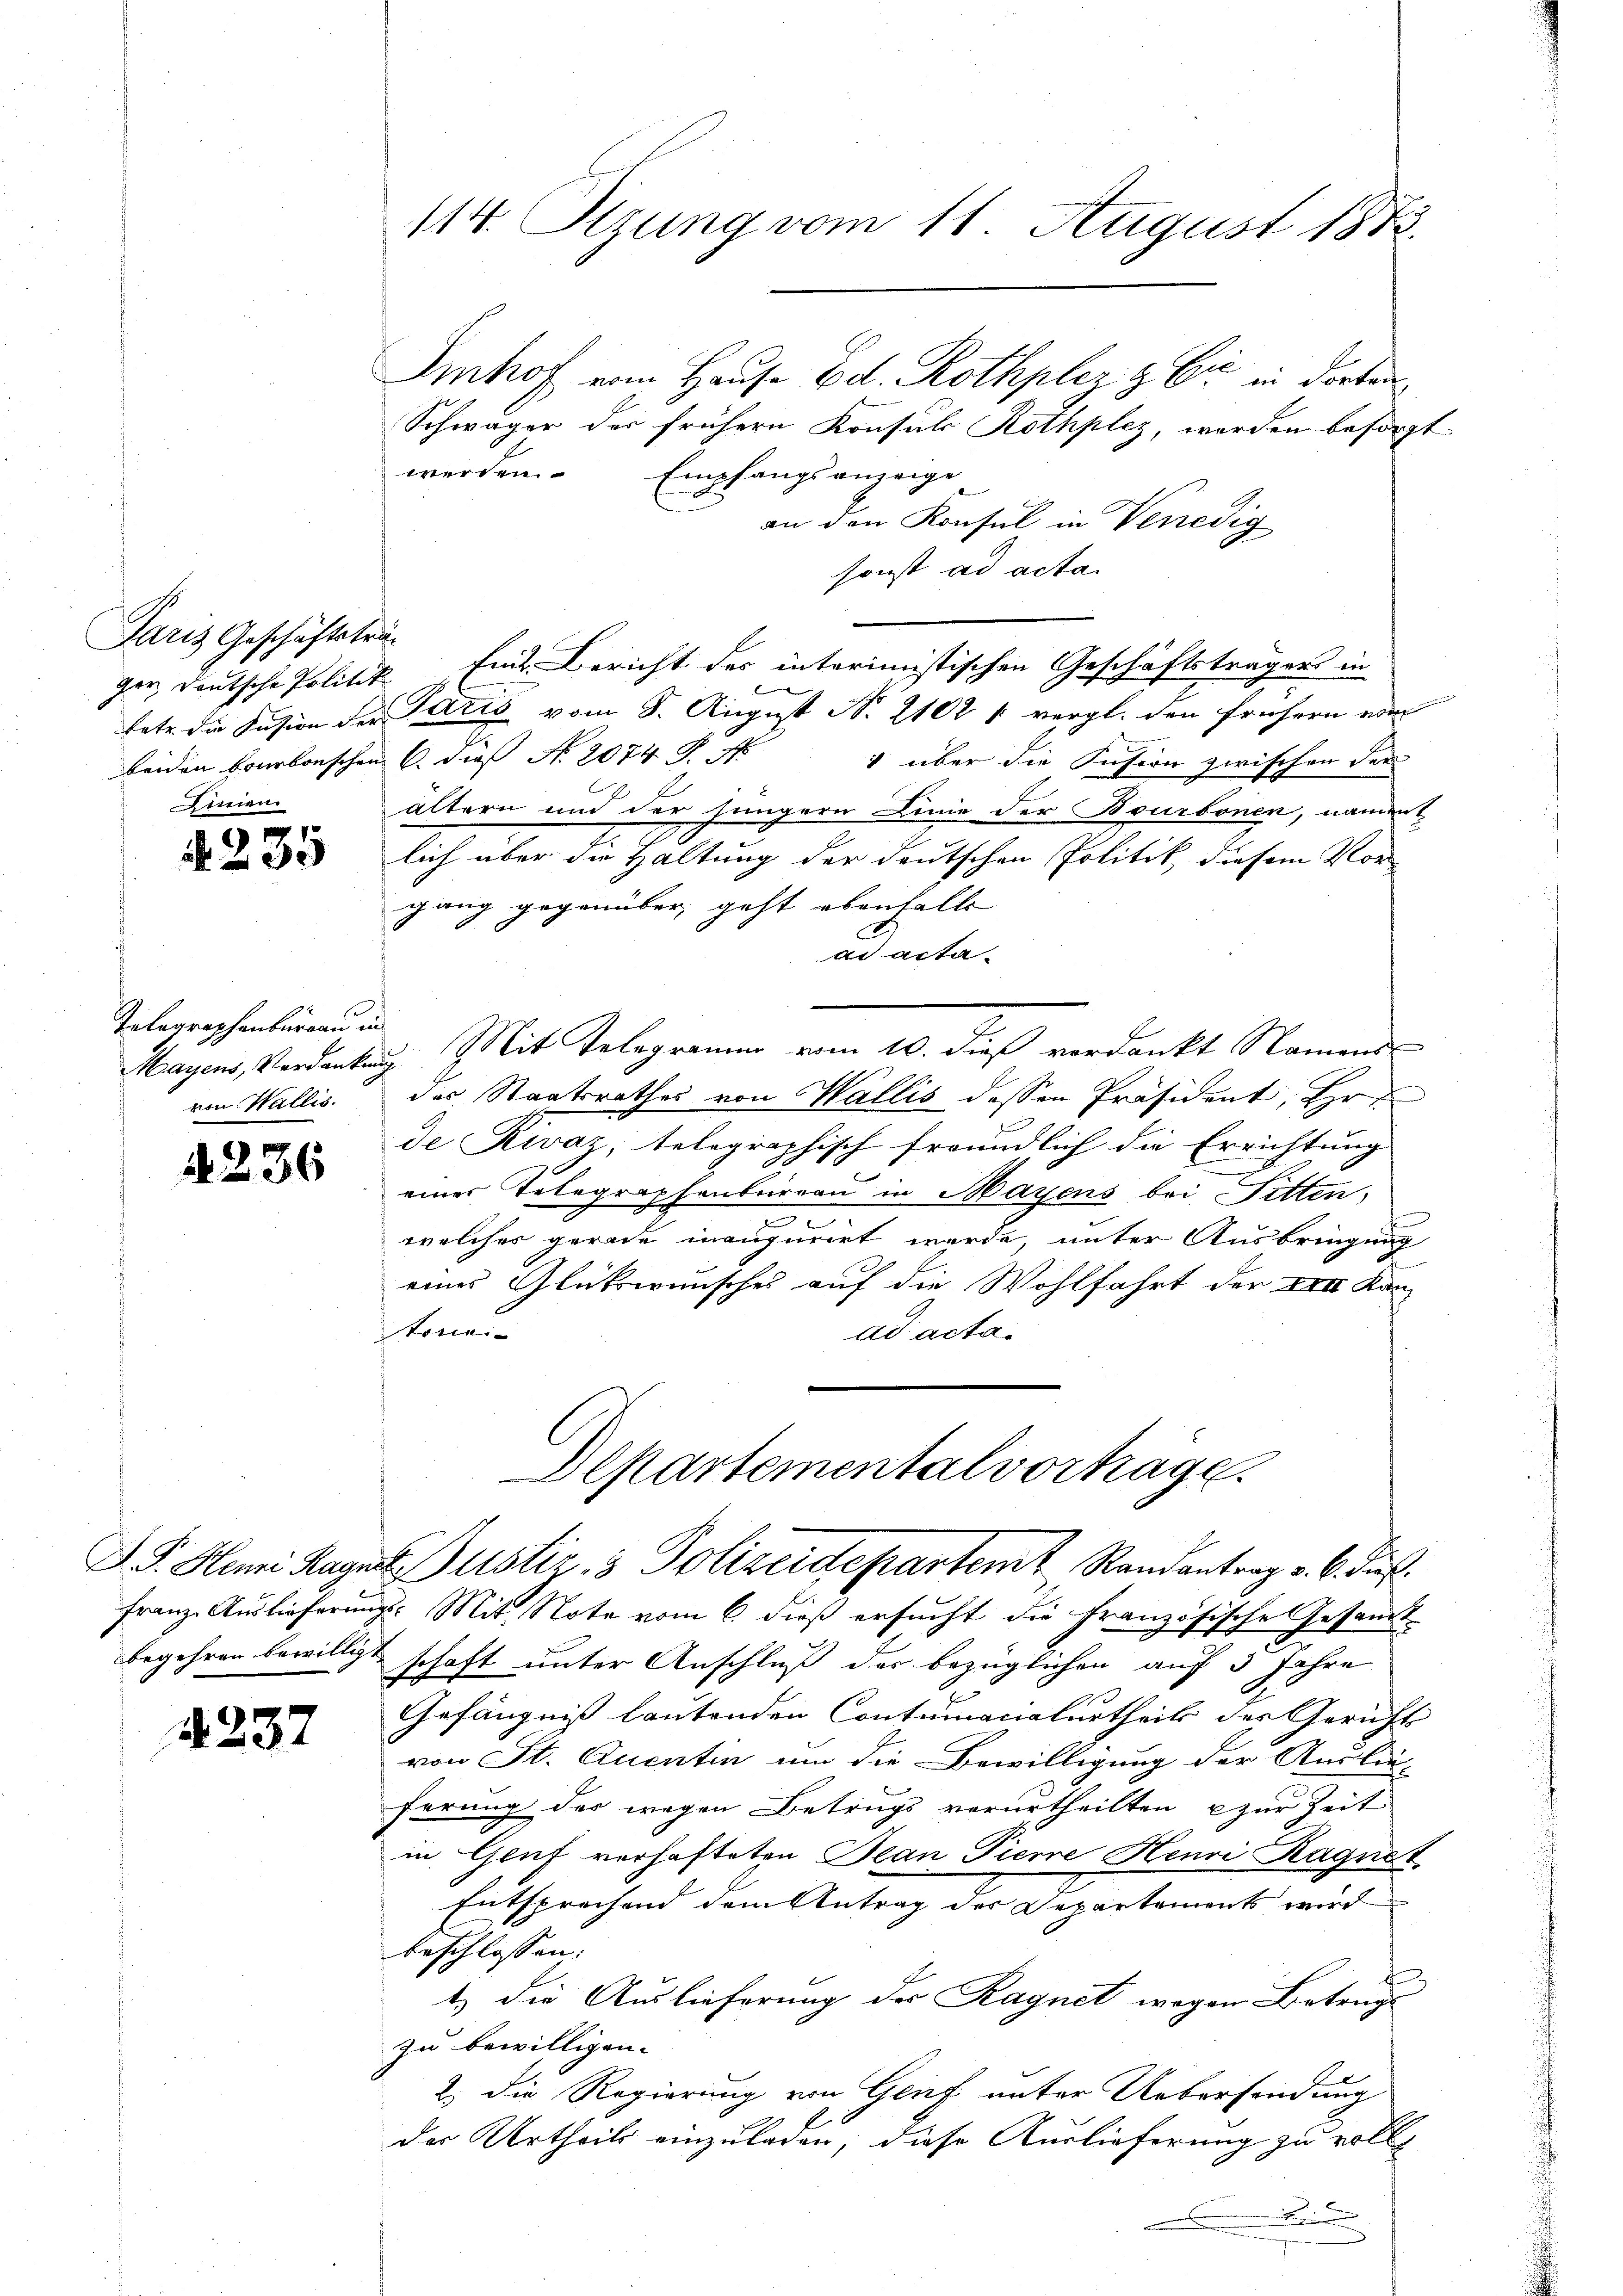
Paris Geschäftsträ¬
Dictien

3

5

Telegraphenburgau in
von Wallis.

2236

4237

114. Sizung vom 11. August 1883.

Imhof vom Hause Ed. Rothpler & Cie in dorten
Schwäger der frühern Konsuls Rothplez, werden besorgt.
werden. Empfangsanzeige
an den Konsul in Venedig
sonst ad acta
ger, deutsche Politik eint. Bericht des interimistischen Geschäftsträgers in
tete die Fusion der Paris vom 8. August No. 21021 vergl. den frühern ein
beiden bourbonschen 6. dieß No. 2074 P. N
1 über die Insern zwischen der
ältern und der Jüngern Linie der Bourbonen, nament
lich über die Haltung der deutschen Politik diesem Vor-
gang gegenüber geht ebenfalls
ar acta-
Mayens, Verdankung. Mit Telegramm vom 10. dieß verdankt Namens
des Staatsrathes von Wallis dessen Präsident, Hr
de Rivaz, telegraphisch freundlich die Errichtung
einer Telegraphenbureau in Mayens bei Fitten,
welches gerade maugurirt werde, unter Ausbringung
eines Glückwunsches auf die Wohlfahrt der XIII Kan-
tonni
ad acta.
Departemental vorhäge
D. J. Henri Hages Justiz, 3 Polizeidepartemt Randantrag v. 6. Fuß.
Franz Auslieferungs- Mit Note vom 6. dieß ersucht die Französische Gesandtbegehren bewilligt schaft unter Anschluß der bezüglichen auf 5 Jahre
Gefängniß lautenden Contumacialurtheils der Gericht
von St. Quentin um die Bewilligung der Auslie-
ferung des wegen Betrugs verurtheilten zur Zeit
in Glut verhafteten Bean Pierre Henri Ragnet
Entsprechend dem Antrag der Departements wird
beschlossen:
t) die Auslieferung des Ragnet wegen Betruge
zu bewilligen.
2.) Die Regierung von Genf unter Uebersendung
der Urtheils einzuladen; diese Auslieferung zu volls
.